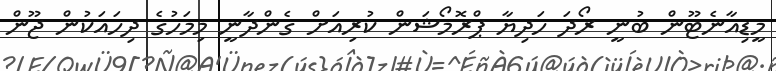
މީޑިއާނެޓޫން ބުނީ ރޯދަ ހަދިޔާ ޕްރޮމޯޝަން ކުރިއަށް ގެންދާނީ މިމަހުގެ ދިހައަކުން ޖޫން